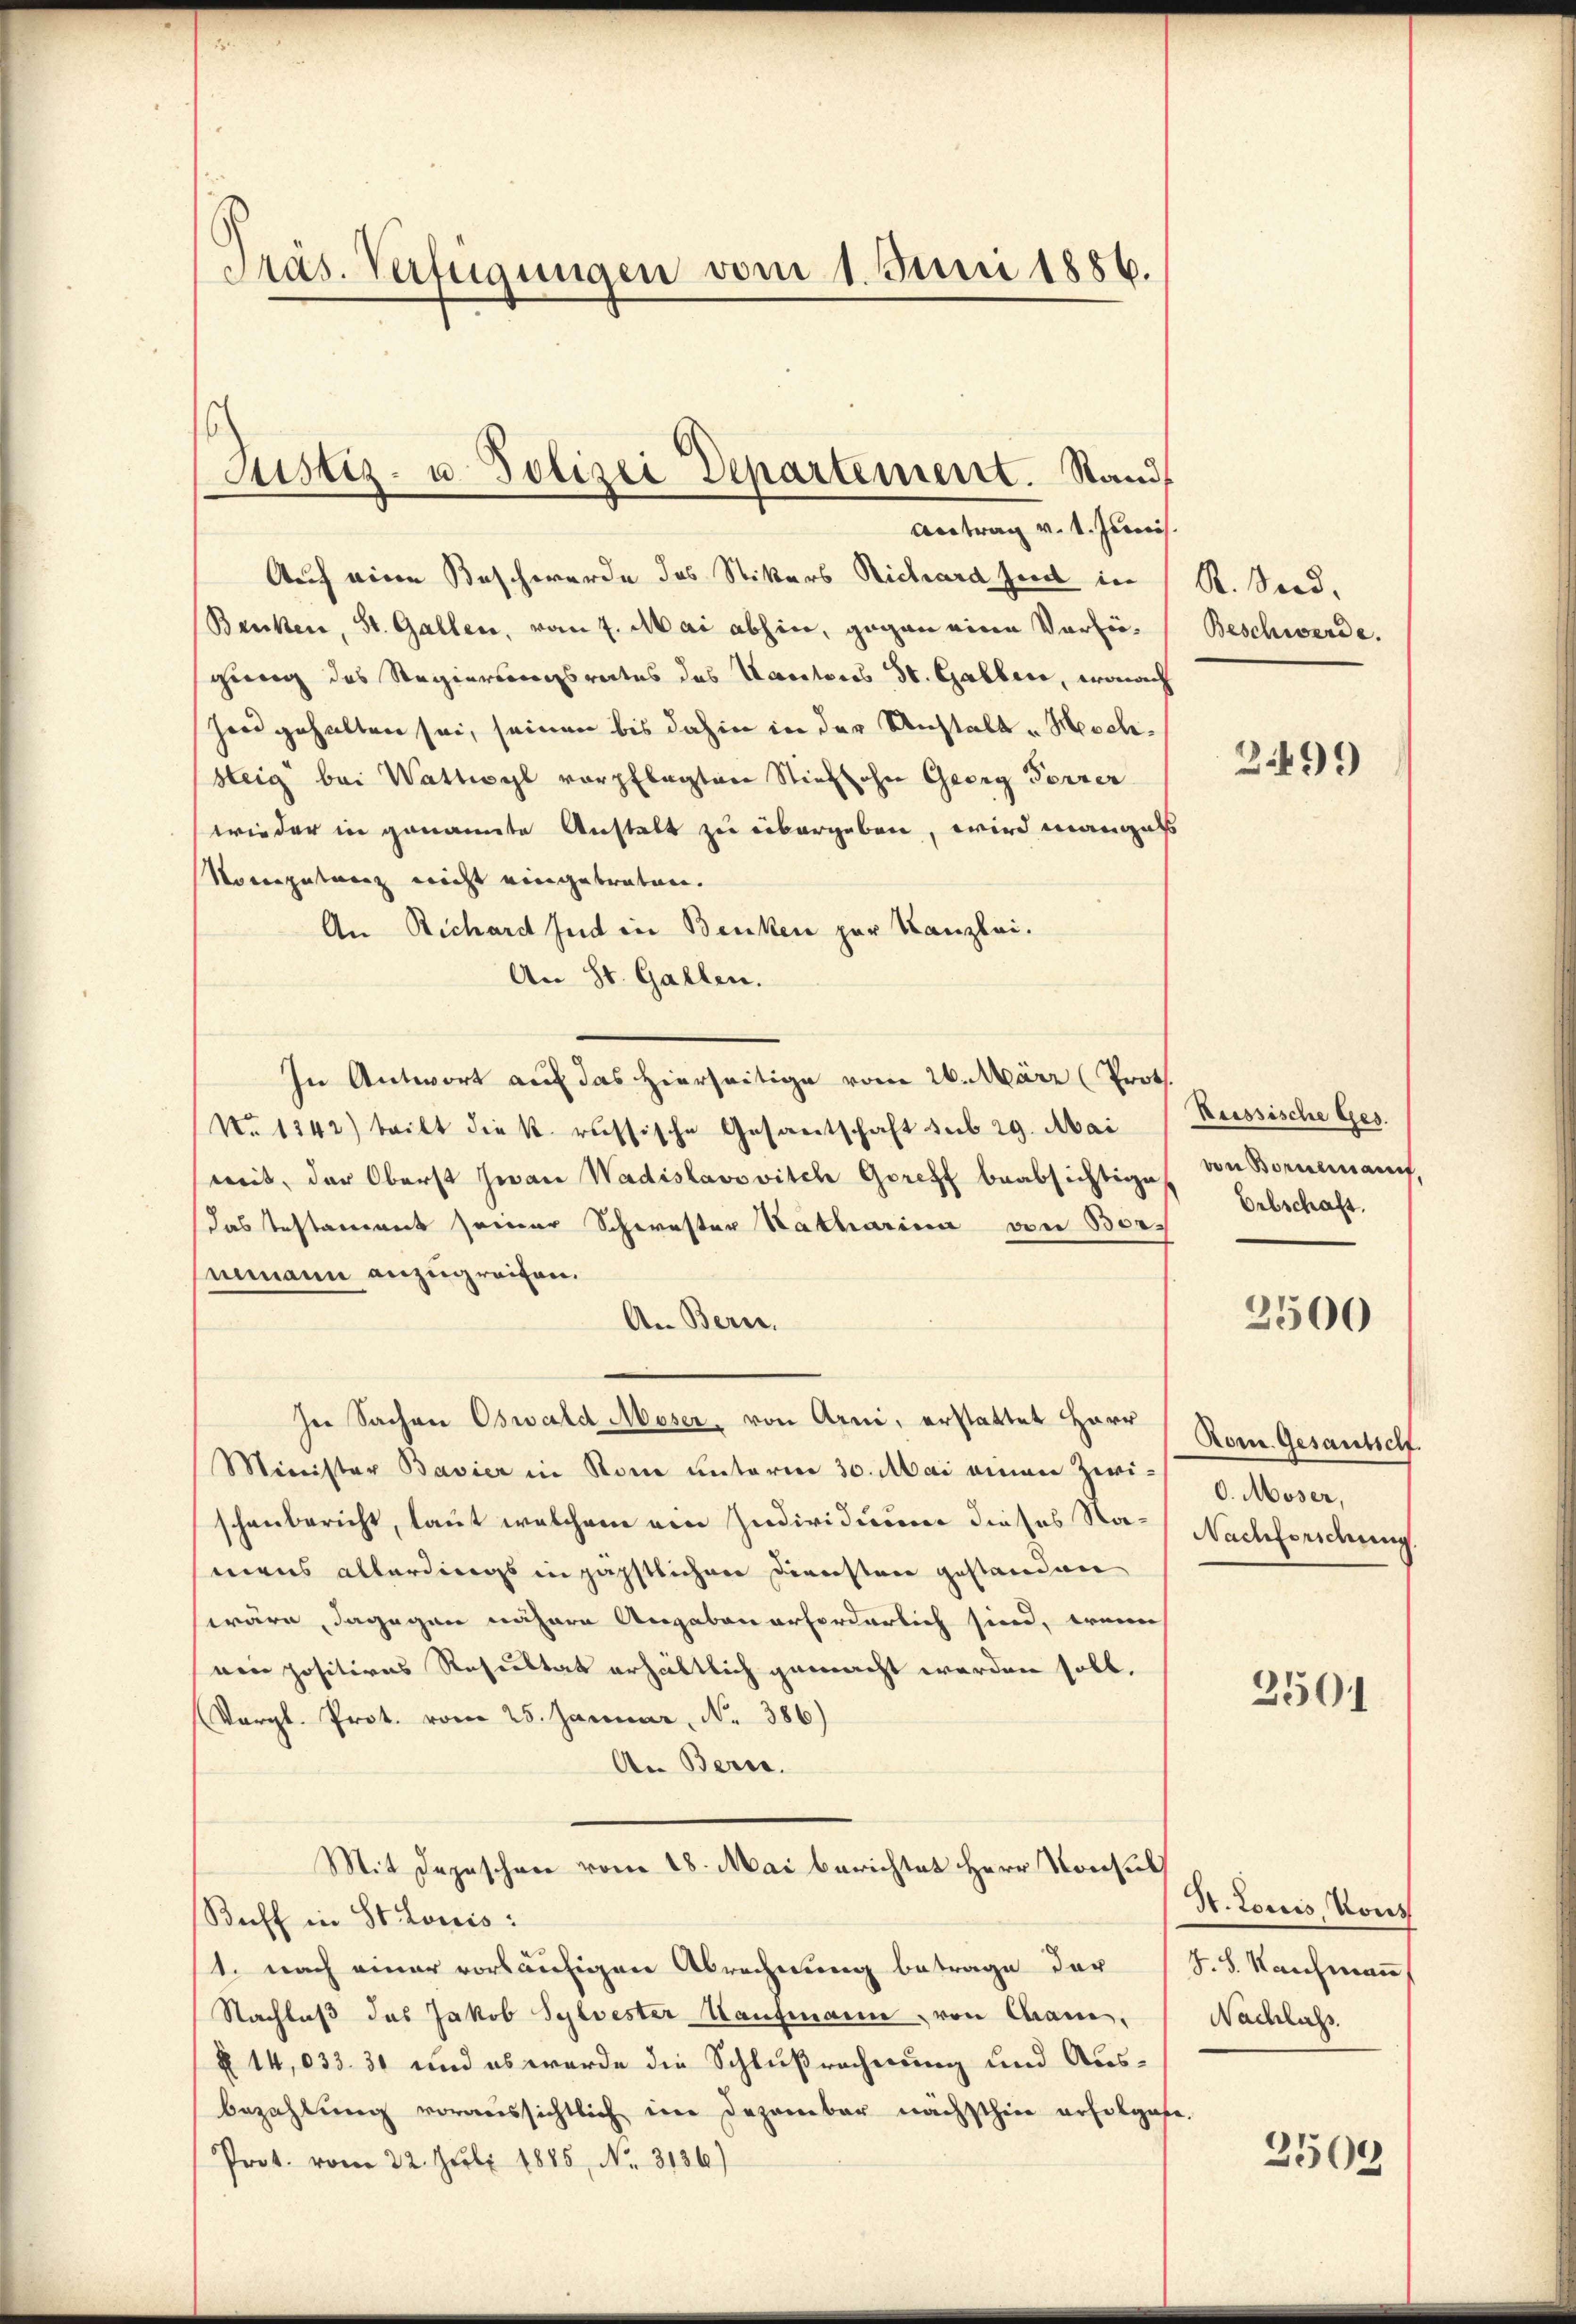
Präs. Verfügungen vom 1. Juni 1886.

Auch eine Beschwerde des Stikers Richard seid in 1 R. Bd.
Benken, St. Gallen, vom 7. Mai abhin, gegen eine Vorfrögung des Regierungsrates des Kantons St. Gabbere, wonach
hongehalten sei, seinen bis dahin in der Unstalt-Meschsteig bei Wattwyl verpflegten Stiefsohn Georg Forrer
wieder in genannte Anstalt zu übergeben, wird mangels
Nocegetanz nicht eingebraten.
An Richard Jud in Benken zur Kanzlei.
An St. Gallen.
In Antwort auf das hierseitige vom 26. März (Prot
No 1342) beibt die k. russische Gesantschaft sub 29. Mai Russische Ges.
mit, der Oberst Jwan Wadislavovitch Goreff beabsichtige von Bornemanif
das testament seiner Schwester Katharina von Bor
Mimann anzugreifen.
An Bern.
In Sachen Oswald Moser, von Arni, erstattet Herr Rom. Gesamtschf
Minister Bavier in Rom unterm 30. Mai einen Zwischenbericht, laut welchem ein Individuum dieses Na- Nachforschung.
mens allerdings in päpstlichen Diverstere gestanden
wäre, dagegen nähere Angaben erforderlich sind, wenn
ven positives Resultat erhältlich gemacht werden soll.
(Vergl. Prot. vom 25. Januar, N. 386)
An Beric
Mit Depeschen vom 28. Mai berichtet Herr Konsul
Saft in St. Louis:
1. nach einer vorläufigen Abrechnung betrage der (S. S. Kaufmann
Nachlaß das Jakob Sylvester Kaufmann, von Cham. Nachlass
§ 14,033. 31 und es werde die Schlußrechnung und Ausbezahlŭng voraussichtlich im Dezember nächsthin erhelgebe.
Prot. vom 22. Juli 1885, No. 3136)

Justiz- u. Polizei Departement. Stand
Antrag v. 1. Juni

Beschwerde.

2.499

Erbschaft.

2500

O. Moser,

3501

H. Louis, Kons

3509